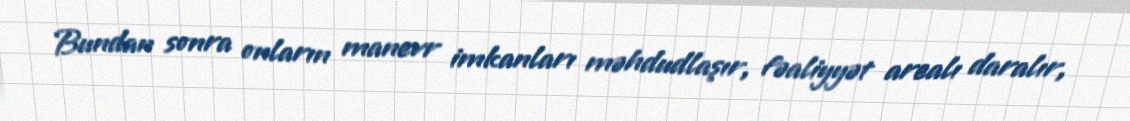
Bundan sonra onların manevr imkanları məhdudlaşır, fəaliyyət arealı daralır,